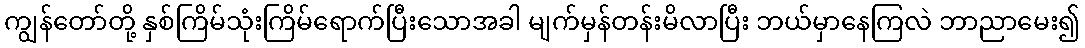
ကျွန်တော်တို့ နှစ်ကြိမ်သုံးကြိမ်ရောက်ပြီးသောအခါ မျက်မှန်တန်းမိလာပြီး ဘယ်မှာနေကြလဲ ဘာညာမေး၍